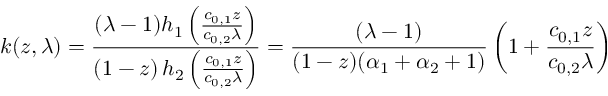
k ( z , \lambda ) = \frac { ( \lambda - 1 ) h _ { 1 } \left( \frac { c _ { 0 , 1 } z } { c _ { 0 , 2 } \lambda } \right) } { ( 1 - z ) \, h _ { 2 } \left( \frac { c _ { 0 , 1 } z } { c _ { 0 , 2 } \lambda } \right) } = \frac { ( \lambda - 1 ) } { ( 1 - z ) ( \alpha _ { 1 } + \alpha _ { 2 } + 1 ) } \left( 1 + \frac { c _ { 0 , 1 } z } { c _ { 0 , 2 } \lambda } \right)